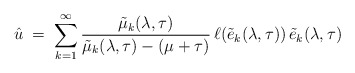
\begin{align*}\hat{u} \; = \; \sum_{k=1}^\infty \frac{\tilde{\mu}_k(\lambda, \tau)}{ \tilde{\mu}_k(\lambda, \tau) - (\mu + \tau)} \, \ell(\tilde{e}_k(\lambda, \tau)) \, \tilde{e}_k(\lambda, \tau)\end{align*}